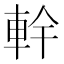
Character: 龫